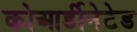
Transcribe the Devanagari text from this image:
कोआर्डीनेटेड